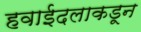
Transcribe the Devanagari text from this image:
हवाईदलाकडून